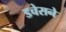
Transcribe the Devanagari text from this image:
डचेसने